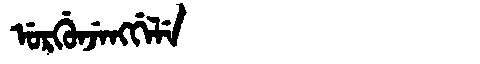
Manchu: ᡠᡵᡤᡠᠨᠵᡝᠩᡤᡝᠯᡝ
Romanization: URGUNJENGGELE